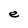
Character: e